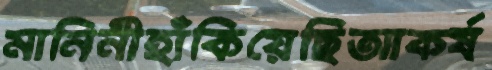
মানিনীহাঁকিয়েছিআকর্ষ